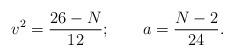
LaTeX: \begin{align*}v^2 = \frac{26-N}{12}; \qquad a = \frac{N-2}{24}.\end{align*}